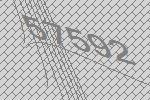
57592